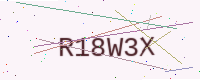
Text: R18W3X